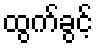
ထွက်ခွင့်